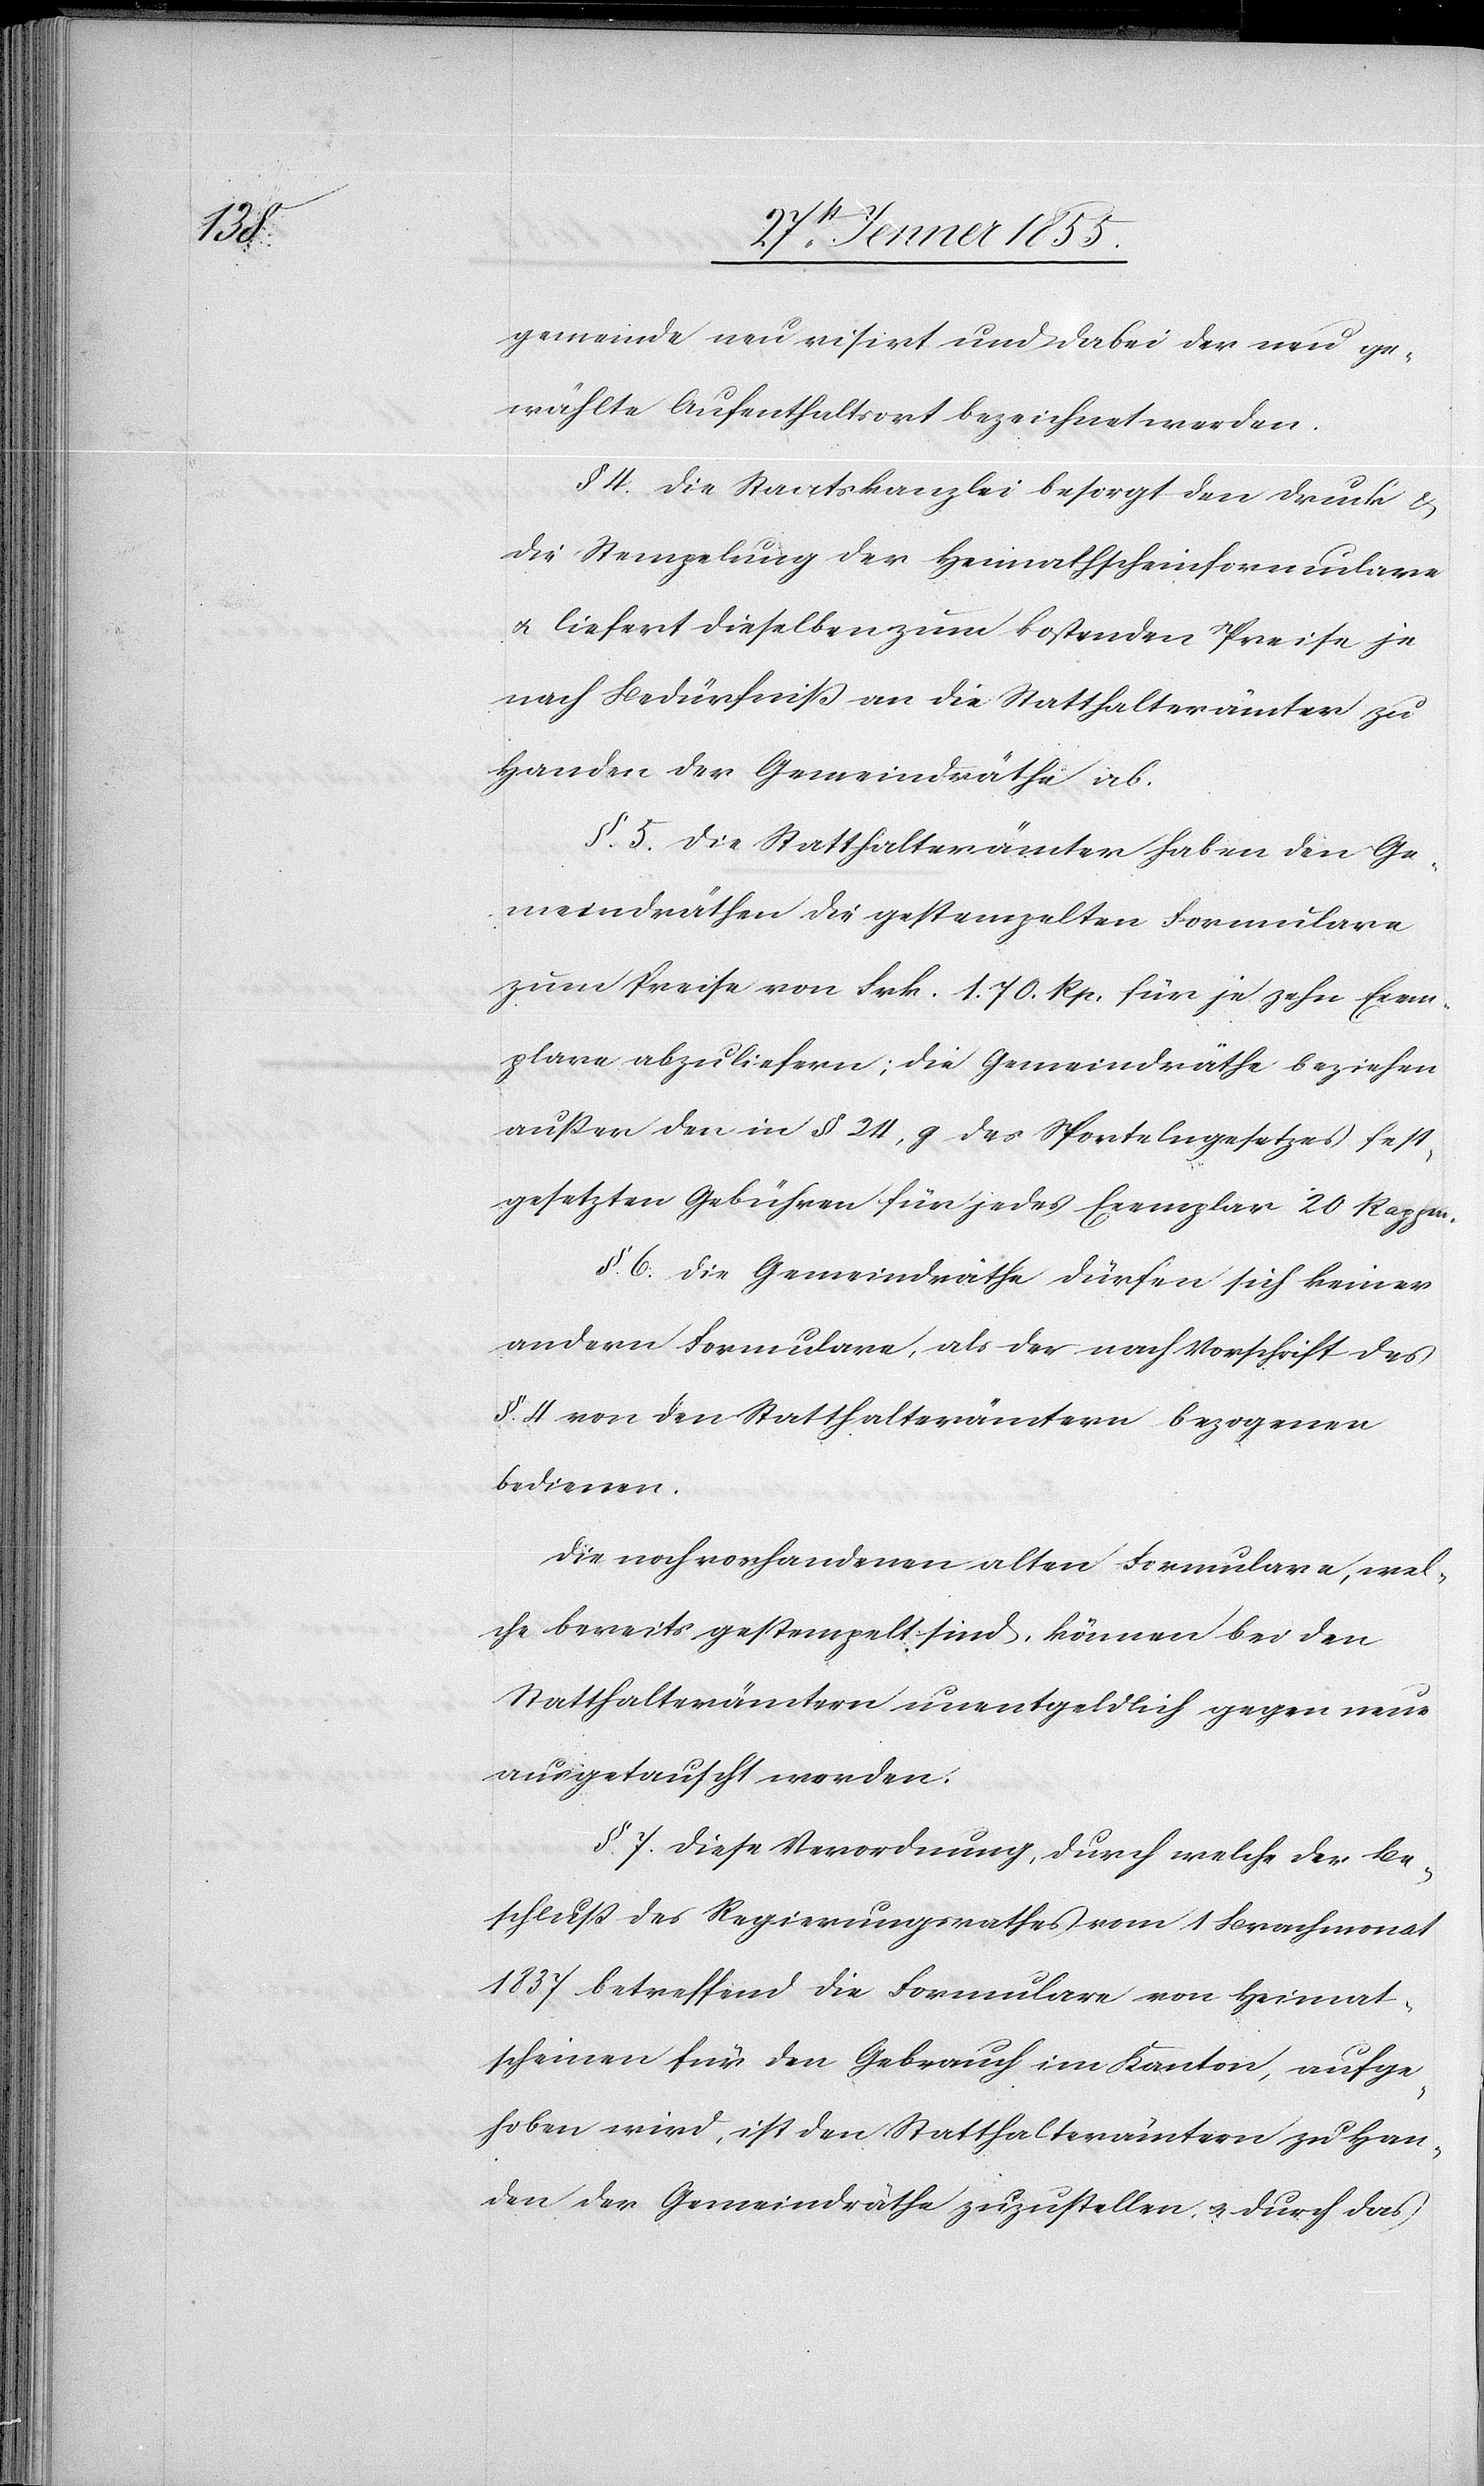
gemeinde neu visirt und dabei der neu ge¬
wählte Aufenthaltsort bezeichnet werden.
§ 4. Die Staatskanzlei besorgt den Druck &
die Stempelung der Heimathscheinformulare
& liefert dieselben zum kostenden Preise je
nach Bedürfniß an die Statthalterämter zu
Handen der Gemeindräthe ab.
§. 5. Die Statthalterämter haben den Ge¬
meindräthen die gestempelten Formulare
zum Preise von Frk. 1. 70. Rp. für je zehn Exem¬
plare abzuliefern; die Gemeindräthe beziehen
außer den in § 24, g des Sportelngesetzes fest¬
gesetzten Gebühren für jedes Exemplar 20 Rappen.
§. 6. Die Gemeindräthe dürfen sich keiner
andern Formulare, als der nach Vorschrift des
§. 4 von den Statthalterämtern bezogenen
bedienen.
Die noch vorhandenen alten Formulare, wel¬
che bereits gestempelt sind, können bei den
Statthalterämtern unentgeldlich gegen neue
ausgetauscht werden.
§. 7. Diese Verordnung, durch welche der Be¬
schluß des Regierungsrathes vom 1 Brachmonat
1837 betreffend die Formulare von Heimat¬
scheinen für den Gebrauch im Kanton, aufge¬
hoben wird, ist den Statthalterämtern zu Han¬
den der Gemeindräthe zuzustellen, & durch das